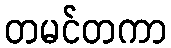
တမင်တကာ